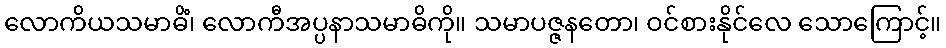
လောကိယသမာဓိံ၊ လောကီအပ္ပနာသမာဓိကို။ သမာပဇ္ဇနတော၊ ဝင်စားနိုင်လေ သောကြောင့်။